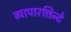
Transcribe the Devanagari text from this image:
व्यापारत्तिन्टे